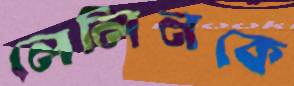
লেলিনকে